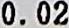
0.02